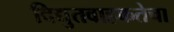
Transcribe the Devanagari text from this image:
विद्युतवाहकतेचा